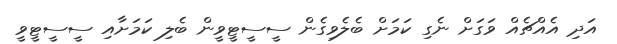
އަދި އެއްޗެއް ވަގަށް ނެގި ކަމަށް ބެލެވިގެން ސީސީޓީވީން ބެލި ކަމަށާއި ސީސީޓީވީ